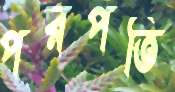
পরপতি